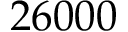
2 6 0 0 0